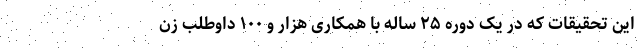
این تحقیقات که در یک دوره ۲۵ ساله با همکاری هزار و ۱۰۰ داوطلب زن